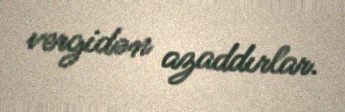
vergidən azaddırlar.